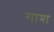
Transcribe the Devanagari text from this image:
गाश